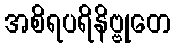
အစိရပရိနိဗ္ဗုတေ